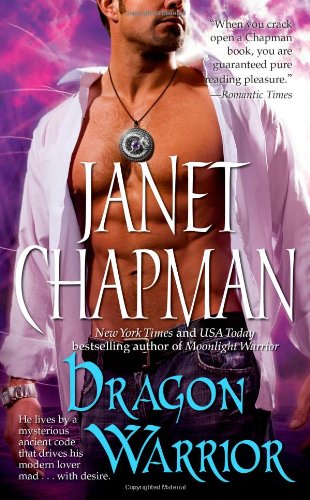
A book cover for Dragon Warrior (Midnight Bay); Janet Chapman; Literature & Fiction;